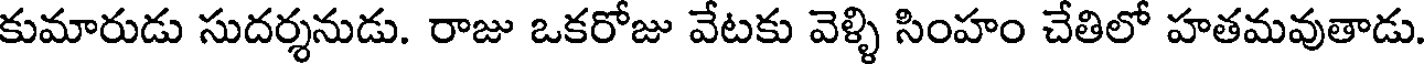
కుమారుడు సుదర్శనుడు. రాజు ఒకరోజు వేటకు వెళ్ళి సింహం చేతిలో హతమవుతాడు